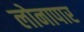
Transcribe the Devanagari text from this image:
लोनापार